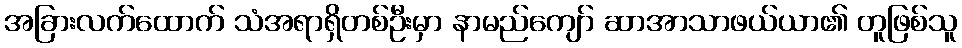
အခြားလက်ထောက် သံအရာရှိတစ်ဦးမှာ နာမည်ကျော် ဆာအာသာဖယ်ယာ၏ တူဖြစ်သူ